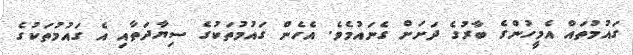
ގައުމުތައް އެމީހުންގެ ބާރުގެ ދަށަށް ގެނައުމެވެ. އެހެން ގައުމުތަކުގެ ސިޔާދަތާއި އެ ގައުމުތަކުގެ